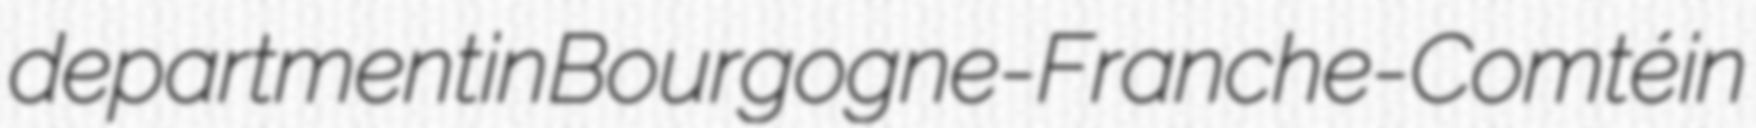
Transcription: department in Bourgogne-Franche-Comté in